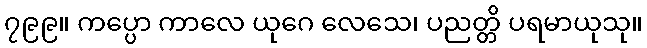
၇၉၉။ ကပ္ပော ကာလေ ယုဂေ လေသေ၊ ပညတ္တိ ပရမာယုသု။